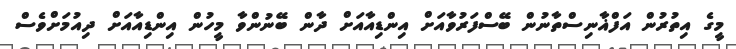
މީގެ އިތުރުން އަފްޣާނިސްތާނުން ބޭސްފަރުވާއަށް އިންޑިއާއަށް ދާން ބޭނުންވާ މީހުން އިންޑިއާއަށް ދިއުމަށްވެސް